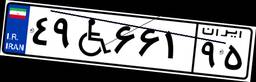
۴۹W۶۶۱۹۵